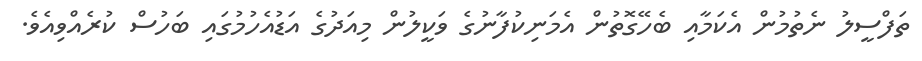
ތަފްސީލު ނެތުމުން އެކަމާއި ބެހޭގޮތުން އެމަނިކުފާނުގެ ވަކީލުން މިއަދުގެ އަޑުއެހުމުގައި ބަހުސް ކުރެއްވިއެވެ.